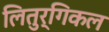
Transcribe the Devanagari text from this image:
लितुर्गिकल